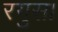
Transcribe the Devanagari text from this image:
रगुसा